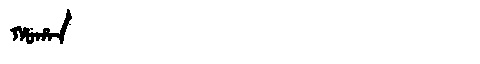
Manchu: ᡥᠣᡥᠠᠨ
Romanization: HOHAN